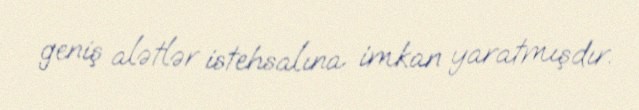
geniş alətlər istehsalına imkan yaratmışdır.